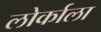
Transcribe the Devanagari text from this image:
लोर्काला